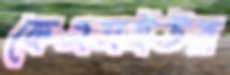
কেএসইউর